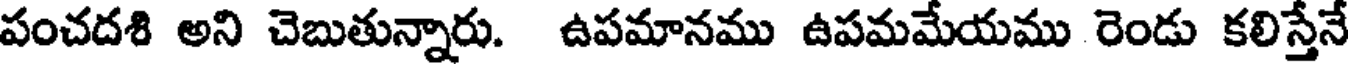
పంచదశి అని చెబుతున్నారు. ఉపమానము ఉపమమేయము రెండు కలిస్తేనే